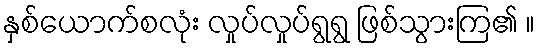
နှစ်ယောက်စလုံး လှုပ်လှုပ်ရွရွ ဖြစ်သွားကြ၏ ။